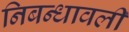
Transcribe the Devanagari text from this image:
निबन्‍धावली